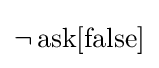
\neg \operatorname {ask} [\operatorname {false} ]